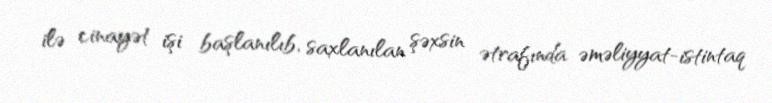
ilə cinayət işi başlanılıb, saxlanılan şəxsin ətrafında əməliyyat-istintaq